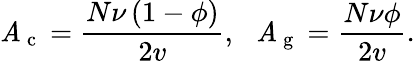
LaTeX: \mathit{A}_{\mathrm{{~c~}}}=\frac{{N\nu\left(1-\phi\right)}}{{2v}},\, \, \, \, \mathit{A}_{\mathrm{{~g~}}}=\frac{{N\nu\phi}}{{2v}}.